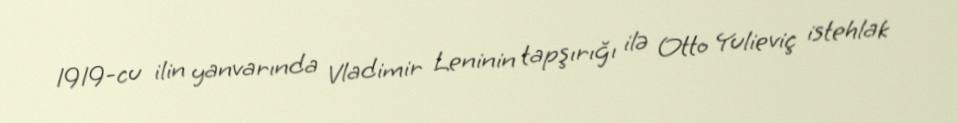
1919-cu ilin yanvarında Vladimir Leninin tapşırığı ilə Otto Yulieviç istehlak